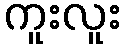
ကူးလူး